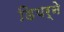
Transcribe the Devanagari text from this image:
डियर्ने